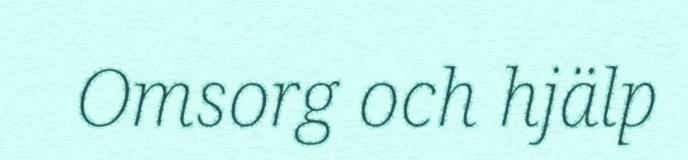
Omsorg och hjälp